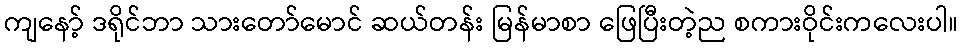
ကျနော့် ဒရိုင်ဘာ သားတော်မောင် ဆယ်တန်း မြန်မာစာ ဖြေပြီးတဲ့ည စကားဝိုင်းကလေးပါ။